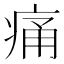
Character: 痛